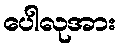
ပေါလုအား